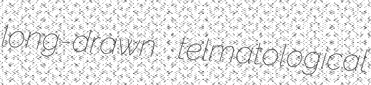
long-drawn telmatological